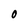
Character: O